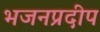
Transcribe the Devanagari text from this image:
भजनप्रदीप